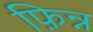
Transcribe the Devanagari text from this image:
फ़िन्न